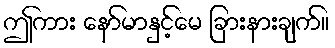
ဤကား နော်မာနှင့်မေ ခြားနားချက်။